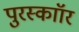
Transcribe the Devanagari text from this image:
पुरस्काॉर